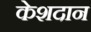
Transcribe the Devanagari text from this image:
केशदान